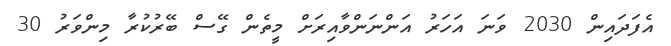
އެފަދައިން 2030 ވަނަ އަހަރު އަންނަންވާއިރަށް މީތެން ގޭސް ބޭރުކުރާ މިންވަރު 30